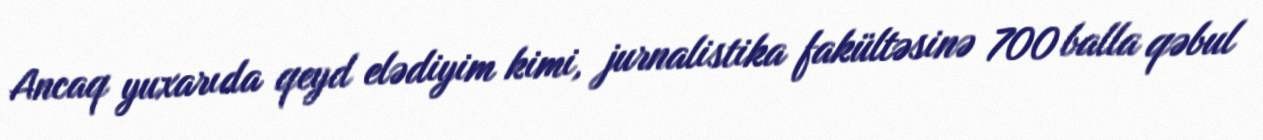
Ancaq yuxarıda qeyd elədiyim kimi, jurnalistika fakültəsinə 700 balla qəbul